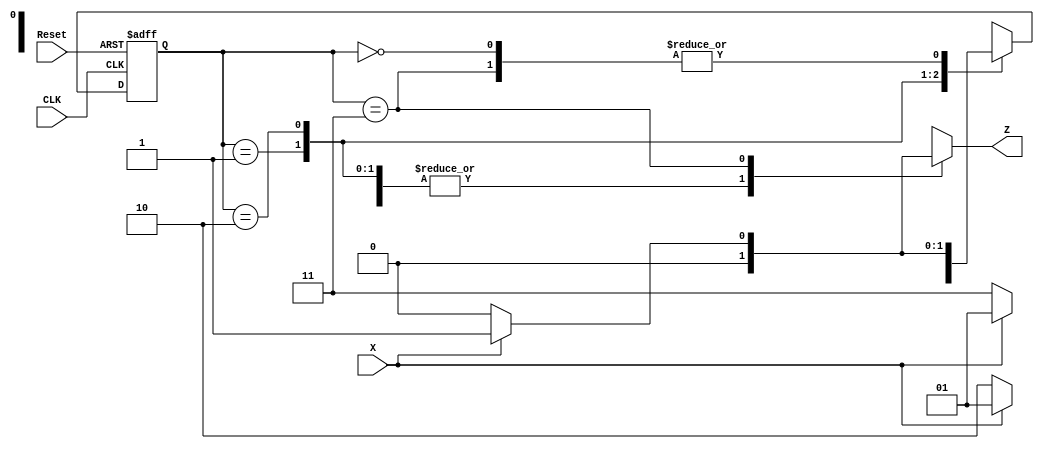
module seqDec(
    output reg Z,
    input X,
    input Reset,
    input CLK
    );

    parameter A = 2'b00, B = 2'b01, C = 2'b10, D = 2'b11;
    reg [1:0] currentState, nextState;

    //1st block for reset
    //2nd block will discuss where u r right now in transition
    //3rd block is for Second output
    always @ (posedge CLK or negedge Reset)
        if(!Reset)
            currentState <= A;
        else
           currentState <= nextState;

    always @ (currentState or X)
        case(currentState)
            A: if(X) nextState <= B; else nextState = A;
            B: if(X) nextState <= B; else nextState = C;
            C: if(X) nextState <= B; else nextState = D;
            D: if(X) nextState <= B; else nextState = A;
            endcase


      always @(currentState or X)
        case(currentState)
           A : Z <= 0;
           B : Z <= 0;
           C : Z <= 0;
           D : if(X) Z <= 1; else Z <= 0;

            endcase
endmodule